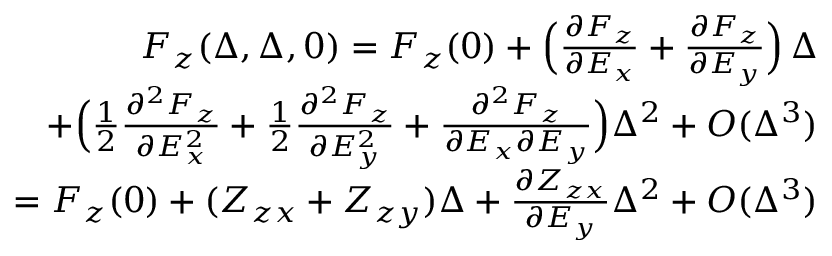
\begin{array} { r l r } & { } & { F _ { z } ( \Delta , \Delta , 0 ) = F _ { z } ( 0 ) + \Bigl ( \frac { \partial F _ { z } } { \partial E _ { x } } + \frac { \partial F _ { z } } { \partial E _ { y } } \Bigr ) \, \Delta } \\ & { } & { \qquad + \Bigl ( \frac { 1 } { 2 } \frac { \partial ^ { 2 } F _ { z } } { \partial E _ { x } ^ { 2 } } + \frac { 1 } { 2 } \frac { \partial ^ { 2 } F _ { z } } { \partial E _ { y } ^ { 2 } } + \frac { \partial ^ { 2 } F _ { z } } { \partial E _ { x } \partial E _ { y } } \Bigr ) \Delta ^ { 2 } + O ( \Delta ^ { 3 } ) } \\ & { } & { \quad = F _ { z } ( 0 ) + ( Z _ { z x } + Z _ { z y } ) \Delta + \frac { \partial Z _ { z x } } { \partial E _ { y } } \Delta ^ { 2 } + O ( \Delta ^ { 3 } ) } \end{array}